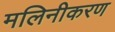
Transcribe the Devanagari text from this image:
मलिनीकरण